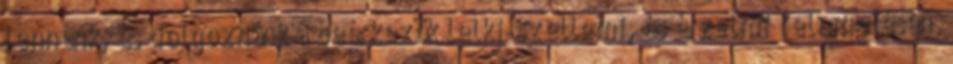
lennénk, és dolgoznánk a beérkezők lelki-szellemi, és érzelmi felemelésén.